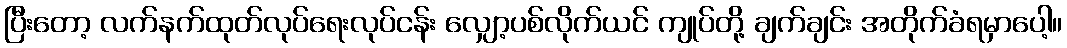
ပြီးတော့ လက်နက်ထုတ်လုပ်ရေးလုပ်ငန်း လျှော့ပစ်လိုက်ယင် ကျုပ်တို့ ချက်ချင်း အတိုက်ခံရမှာပေါ့။